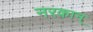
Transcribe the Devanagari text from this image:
नरकान्